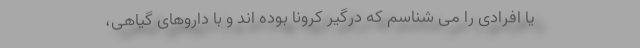
یا افرادی را می شناسم که درگیر کرونا بوده اند و با داروهای گیاهی،